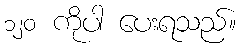
၁၂၀ ကိုပါ ပေးရသည်။